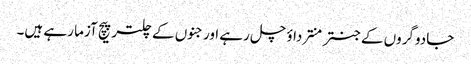
جادوگروں کے جنتر منترداؤ چل رہے اورجنوں کے چلتر پیچ آزما رہے ہیں۔